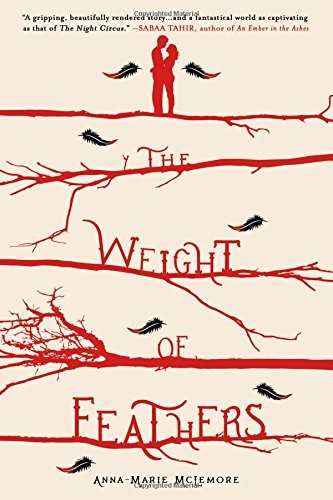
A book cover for The Weight of Feathers; Anna-Marie McLemore; Teen & Young Adult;